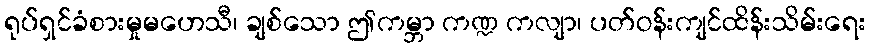
ရုပ်ရှင်ခံစားမှုမဟေသီ၊ ချစ်သော ဤကမ္ဘာ ကဏ္ဍ ကလျာ၊ ပတ်ဝန်းကျင်ထိန်းသိမ်းရေး